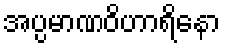
အပ္ပမာဏဝိဟာရိနော